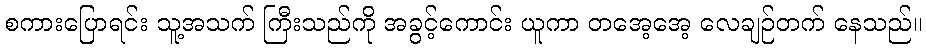
စကားပြောရင်း သူ့အသက် ကြီးသည်ကို အခွင့်ကောင်း ယူကာ တအေ့အေ့ လေချဉ်တက် နေသည်။